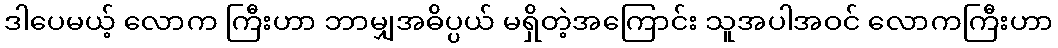
ဒါပေမယ့် လောက ကြီးဟာ ဘာမျှအဓိပ္ပယ် မရှိတဲ့အကြောင်း သူအပါအဝင် လောကကြီးဟာ